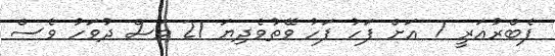
ފެބްރުއަރީ 7 އަށް ފަހު ފަހު ވޭތުވެދިޔަ 21 މަސް ދުވަހު ވެސް